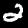
Label: 2